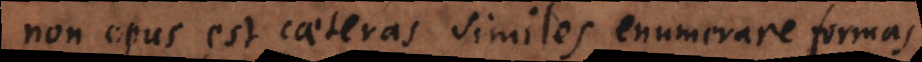
Non opus est caeteras similes enumerare formas